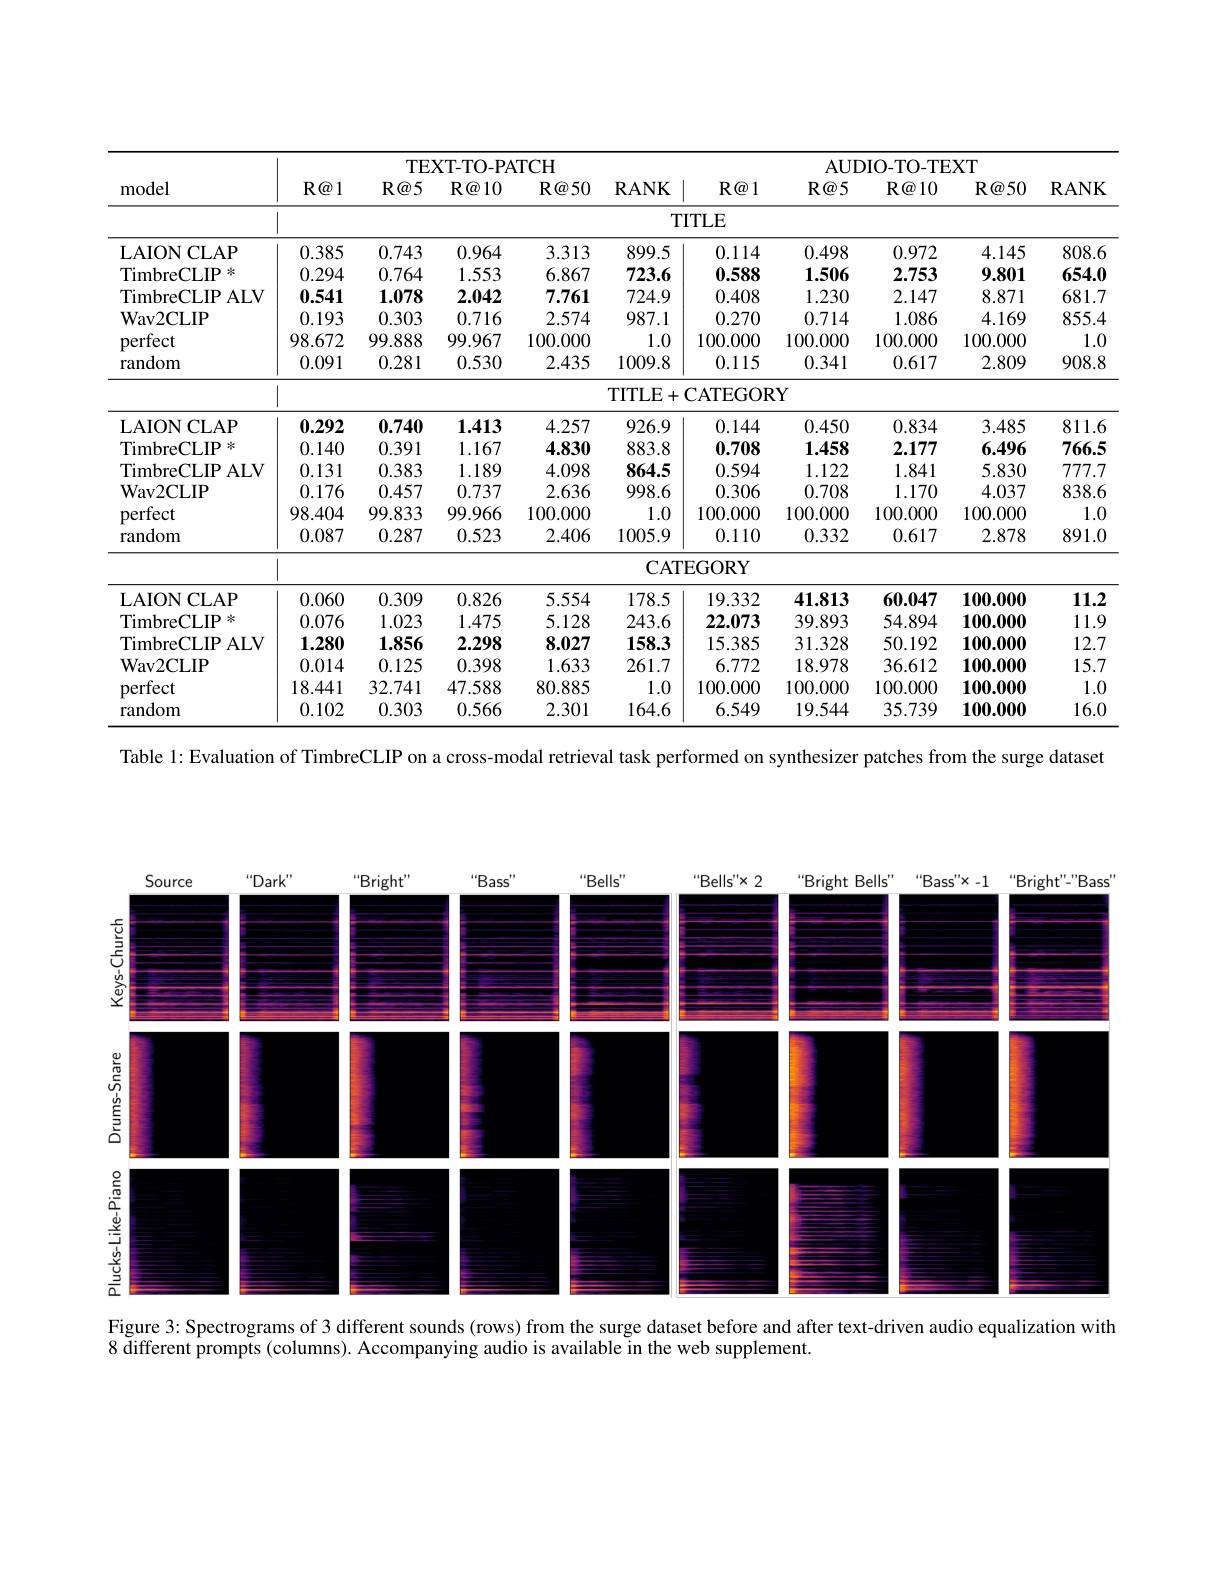
<table>
	<tbody>
		<tr>
			<th>model</th>
			<th>$R@1$</th>
			<th>$R@5$</th>
			<th>$R@10$</th>
			<th>$\mathbf{R} \textcircled {a}50$</th>
			<th>$\mathbf{RANK}$</th>
			<th>$R@1$</th>
			<th>$R@5$</th>
			<th>$\mathbf{R} \textcircled {a}10$</th>
			<th>$\mathbf{R} \textcircled {a}50$</th>
			<th>$\mathbf{RANK}$</th>
		</tr>
		<tr>
			<td> </td>
			<td colspan="10">$TITLE$</td>
		</tr>
		<tr>
			<td>LAIONCLAP</td>
			<td>0.385</td>
			<td>0.743</td>
			<td>0.964</td>
			<td>3.313</td>
			<td>899.5</td>
			<td>0.114</td>
			<td>0.498</td>
			<td>0.972</td>
			<td>4.145</td>
			<td>808.6</td>
		</tr>
		<tr>
			<td>TimbreCLIP 米</td>
			<td>0.294</td>
			<td>0.764</td>
			<td>1.553</td>
			<td>6.867</td>
			<td>723.6</td>
			<td>0.588</td>
			<td>1.506</td>
			<td>2.753</td>
			<td>9.801</td>
			<td>654.0</td>
		</tr>
		<tr>
			<td>TimbreCLIP ALV</td>
			<td>0.541</td>
			<td>1.078</td>
			<td>2.042</td>
			<td>7.761</td>
			<td>724.9</td>
			<td>0.408</td>
			<td>1.230</td>
			<td>2.147</td>
			<td>8.871</td>
			<td>681.7</td>
		</tr>
		<tr>
			<td>$\mathbf{Wav2CLIP}$</td>
			<td>0.193</td>
			<td>0.303</td>
			<td>0.716</td>
			<td>2.574</td>
			<td>987.1</td>
			<td>0.270</td>
			<td>0.714</td>
			<td>1.086</td>
			<td>4.169</td>
			<td>855.4</td>
		</tr>
		<tr>
			<td>perfect</td>
			<td>98.672</td>
			<td>99.888</td>
			<td>99.967</td>
			<td>100.000</td>
			<td>1.0</td>
			<td>100.000</td>
			<td>100.000</td>
			<td>100.000</td>
			<td>100.000</td>
			<td>1.0</td>
		</tr>
		<tr>
			<td>random</td>
			<td>0.091</td>
			<td>0.281</td>
			<td>0.530</td>
			<td>2.435</td>
			<td>1009.8</td>
			<td>0.115</td>
			<td>0.341</td>
			<td>0.617</td>
			<td>2.809</td>
			<td>908.8</td>
		</tr>
		<tr>
			<td> </td>
			<td> </td>
			<td> </td>
			<td> </td>
			<td> </td>
			<td>TITLE +</td>
			<td>CATEGOR</td>
			<td>${:}\mathbf{Y}$</td>
			<td> </td>
			<td> </td>
			<td> </td>
		</tr>
		<tr>
			<td>LAIONCLAP</td>
			<td>0.292</td>
			<td>0.740</td>
			<td>1.413</td>
			<td>4.257</td>
			<td>926.9</td>
			<td>0.144</td>
			<td>0.450</td>
			<td>0.834</td>
			<td>3.485</td>
			<td>811.6</td>
		</tr>
		<tr>
			<td>TimbreCLIP 米</td>
			<td>0.140</td>
			<td>0.391</td>
			<td>1.167</td>
			<td>4.830</td>
			<td>883.8</td>
			<td>0.708</td>
			<td>1.458</td>
			<td>2.177</td>
			<td>6.496</td>
			<td>766.5</td>
		</tr>
		<tr>
			<td>TimbreCLIP ALV</td>
			<td>0.131</td>
			<td>0.383</td>
			<td>1.189</td>
			<td>4.098</td>
			<td>864.5</td>
			<td>0.594</td>
			<td>1.122</td>
			<td>1.841</td>
			<td>5.830</td>
			<td>777.7</td>
		</tr>
		<tr>
			<td>$\mathbf{Wav2CLIP}$</td>
			<td>0.176</td>
			<td>0.457</td>
			<td>0.737</td>
			<td>2.636</td>
			<td>998.6</td>
			<td>0.306</td>
			<td>0.708</td>
			<td>1.170</td>
			<td>4.037</td>
			<td>838.6</td>
		</tr>
		<tr>
			<td>perfect</td>
			<td>98.404</td>
			<td>99.833</td>
			<td>99.966</td>
			<td>100.000</td>
			<td>1.0</td>
			<td>100.000</td>
			<td>100.000</td>
			<td>100.000</td>
			<td>100.000</td>
			<td>1.0</td>
		</tr>
		<tr>
			<td>random</td>
			<td>0.087</td>
			<td>0.287</td>
			<td>0.523</td>
			<td>2.406</td>
			<td>1005.9</td>
			<td>0.110</td>
			<td>0.332</td>
			<td>0.617</td>
			<td>2.878</td>
			<td>891.0</td>
		</tr>
		<tr>
			<td> </td>
			<td> </td>
			<td> </td>
			<td> </td>
			<td> </td>
			<td>$CAT$</td>
			<td>EGORY</td>
			<td> </td>
			<td> </td>
			<td> </td>
			<td> </td>
		</tr>
		<tr>
			<td>LAIONCLAP</td>
			<td>0.060</td>
			<td>0.309</td>
			<td>0.826</td>
			<td>5.554</td>
			<td>178.5</td>
			<td>19.332</td>
			<td>41.813</td>
			<td>60.047</td>
			<td>100.000</td>
			<td>11.2</td>
		</tr>
		<tr>
			<td>TimbreCLIP 米</td>
			<td>0.076</td>
			<td>1.023</td>
			<td>1.475</td>
			<td>5.128</td>
			<td>243.6</td>
			<td>22.073</td>
			<td>39.893</td>
			<td>54.894</td>
			<td>100.000</td>
			<td>11.9</td>
		</tr>
		<tr>
			<td>TimbreCLIP ALV</td>
			<td>1.280</td>
			<td>1.856</td>
			<td>2.298</td>
			<td>8.027</td>
			<td>158.3</td>
			<td>15.385</td>
			<td>31.328</td>
			<td>50.192</td>
			<td>100.000</td>
			<td>12.7</td>
		</tr>
		<tr>
			<td>$\mathbf{Wav2CLIP}$</td>
			<td>0.014</td>
			<td>0.125</td>
			<td>0.398</td>
			<td>1.633</td>
			<td>261.7</td>
			<td>6.772</td>
			<td>18.978</td>
			<td>36.612</td>
			<td>100.000</td>
			<td>15.7</td>
		</tr>
		<tr>
			<td>perfect</td>
			<td>18.441</td>
			<td>32.741</td>
			<td>47.588</td>
			<td>80.885</td>
			<td>1.0</td>
			<td>100.000</td>
			<td>100.000</td>
			<td>100.000</td>
			<td>100.000</td>
			<td>1.0</td>
		</tr>
		<tr>
			<td>random</td>
			<td>0.102</td>
			<td>0.303</td>
			<td>0.566</td>
			<td>2.301</td>
			<td>164.6</td>
			<td>6.549</td>
			<td>19.544</td>
			<td>35.739</td>
			<td>100.000</td>
			<td>16.0</td>
		</tr>
	</tbody>
</table>
Table 1:Evaluation of TimbreCLIP on a cross-modal retrieval task performed on synthesizer patches from the surge datase

<FigureHere>

Figure 3: Spectrograms of 3 different sounds (rows) from the surge dataset before and after text-driven audio equalization with

8 different prompts (columns). Accompanying audio is available in the web supplement.